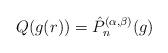
LaTeX: \begin{align*}Q(g(r))=\hat{P}_n^{(\alpha, \beta)}(g)\end{align*}